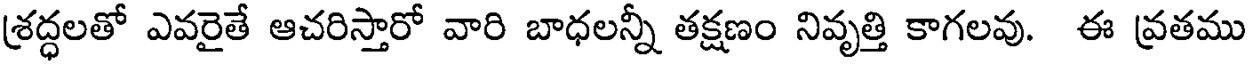
శ్రద్ధలతో ఎవరైతే ఆచరిస్తారో వారి బాధలన్నీ తక్షణం నివృత్తి కాగలవు. ఈ వ్రతము